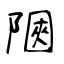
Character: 陿